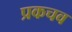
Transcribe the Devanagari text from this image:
प्रकचव